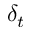
\delta _ { t }